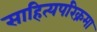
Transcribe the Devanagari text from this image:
साहित्यपरिक्रमा